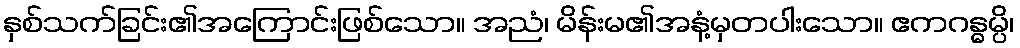
နှစ်သက်ခြင်း၏အကြောင်းဖြစ်သော။ အညံ၊ မိန်းမ၏အနံ့မှတပါးသော။ ဧကဂန္ဓမ္ပိ၊